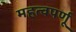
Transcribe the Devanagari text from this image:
महत्वपर्णू